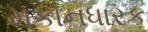
મકાનધારક